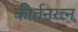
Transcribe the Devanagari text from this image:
कीर्तनरत्‍न